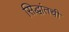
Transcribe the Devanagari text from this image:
सिद्धांतची